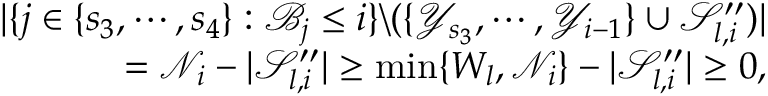
\begin{array} { r l r } & { } & { | \{ j \in \{ s _ { 3 } , \cdots , s _ { 4 } \} : \mathscr { B } _ { j } \leq i \} \backslash ( \{ \mathscr { Y } _ { s _ { 3 } } , \cdots , \mathscr { Y } _ { i - 1 } \} \cup \mathcal { S } _ { l , i } ^ { \prime \prime } ) | } \\ & { } & { = \mathscr { N } _ { i } - | \mathcal { S } _ { l , i } ^ { \prime \prime } | \geq \operatorname* { m i n } \{ W _ { l } , \mathscr { N } _ { i } \} - | \mathcal { S } _ { l , i } ^ { \prime \prime } | \geq 0 , } \end{array}